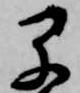
早